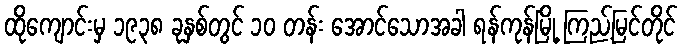
ထိုကျောင်းမှ ၁၉၃၈ ခုနှစ်တွင် ၁၀ တန်း အောင်သောအခါ ရန်ကုန်မြို့ ကြည့်မြင်တိုင်